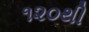
૧૨૦થી